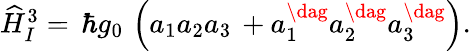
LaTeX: \begin{array}{r}{\widehat{H}_{I}^{3}=\, \hbar g_{0}\, \left(a_{1}a_{2}a_{3}\, +a_{1}^{\dag}a_{2}^{\dag}a_{3}^{\dag}\right).}\end{array}